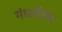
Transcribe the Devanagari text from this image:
गंधर्वतंत्र